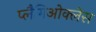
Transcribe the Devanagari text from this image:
प्लैगिओक्लेस